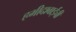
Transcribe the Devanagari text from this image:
हमीदाबाईची